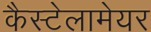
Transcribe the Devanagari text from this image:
कैस्टेलामेयर